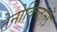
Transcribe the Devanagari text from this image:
तेनोक्च्तित्लें